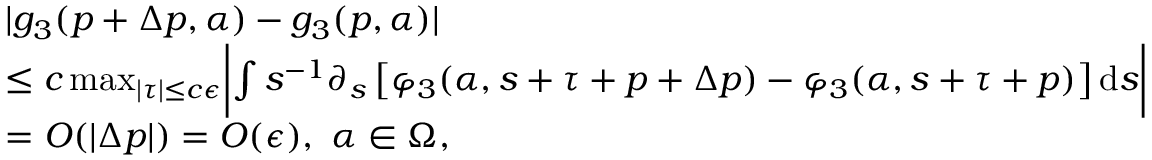
\begin{array} { r l } & { | g _ { 3 } ( p + \Delta p , \alpha ) - g _ { 3 } ( p , \alpha ) | } \\ & { \le c \operatorname* { m a x } _ { | \tau | \le c \epsilon } \biggl | \int s ^ { - 1 } \partial _ { s } \left[ \varphi _ { 3 } ( \alpha , s + \tau + p + \Delta p ) - \varphi _ { 3 } ( \alpha , s + \tau + p ) \right] \mathrm { d } s \biggr | } \\ & { = O ( | \Delta p | ) = O ( \epsilon ) , \ \alpha \in \Omega , } \end{array}